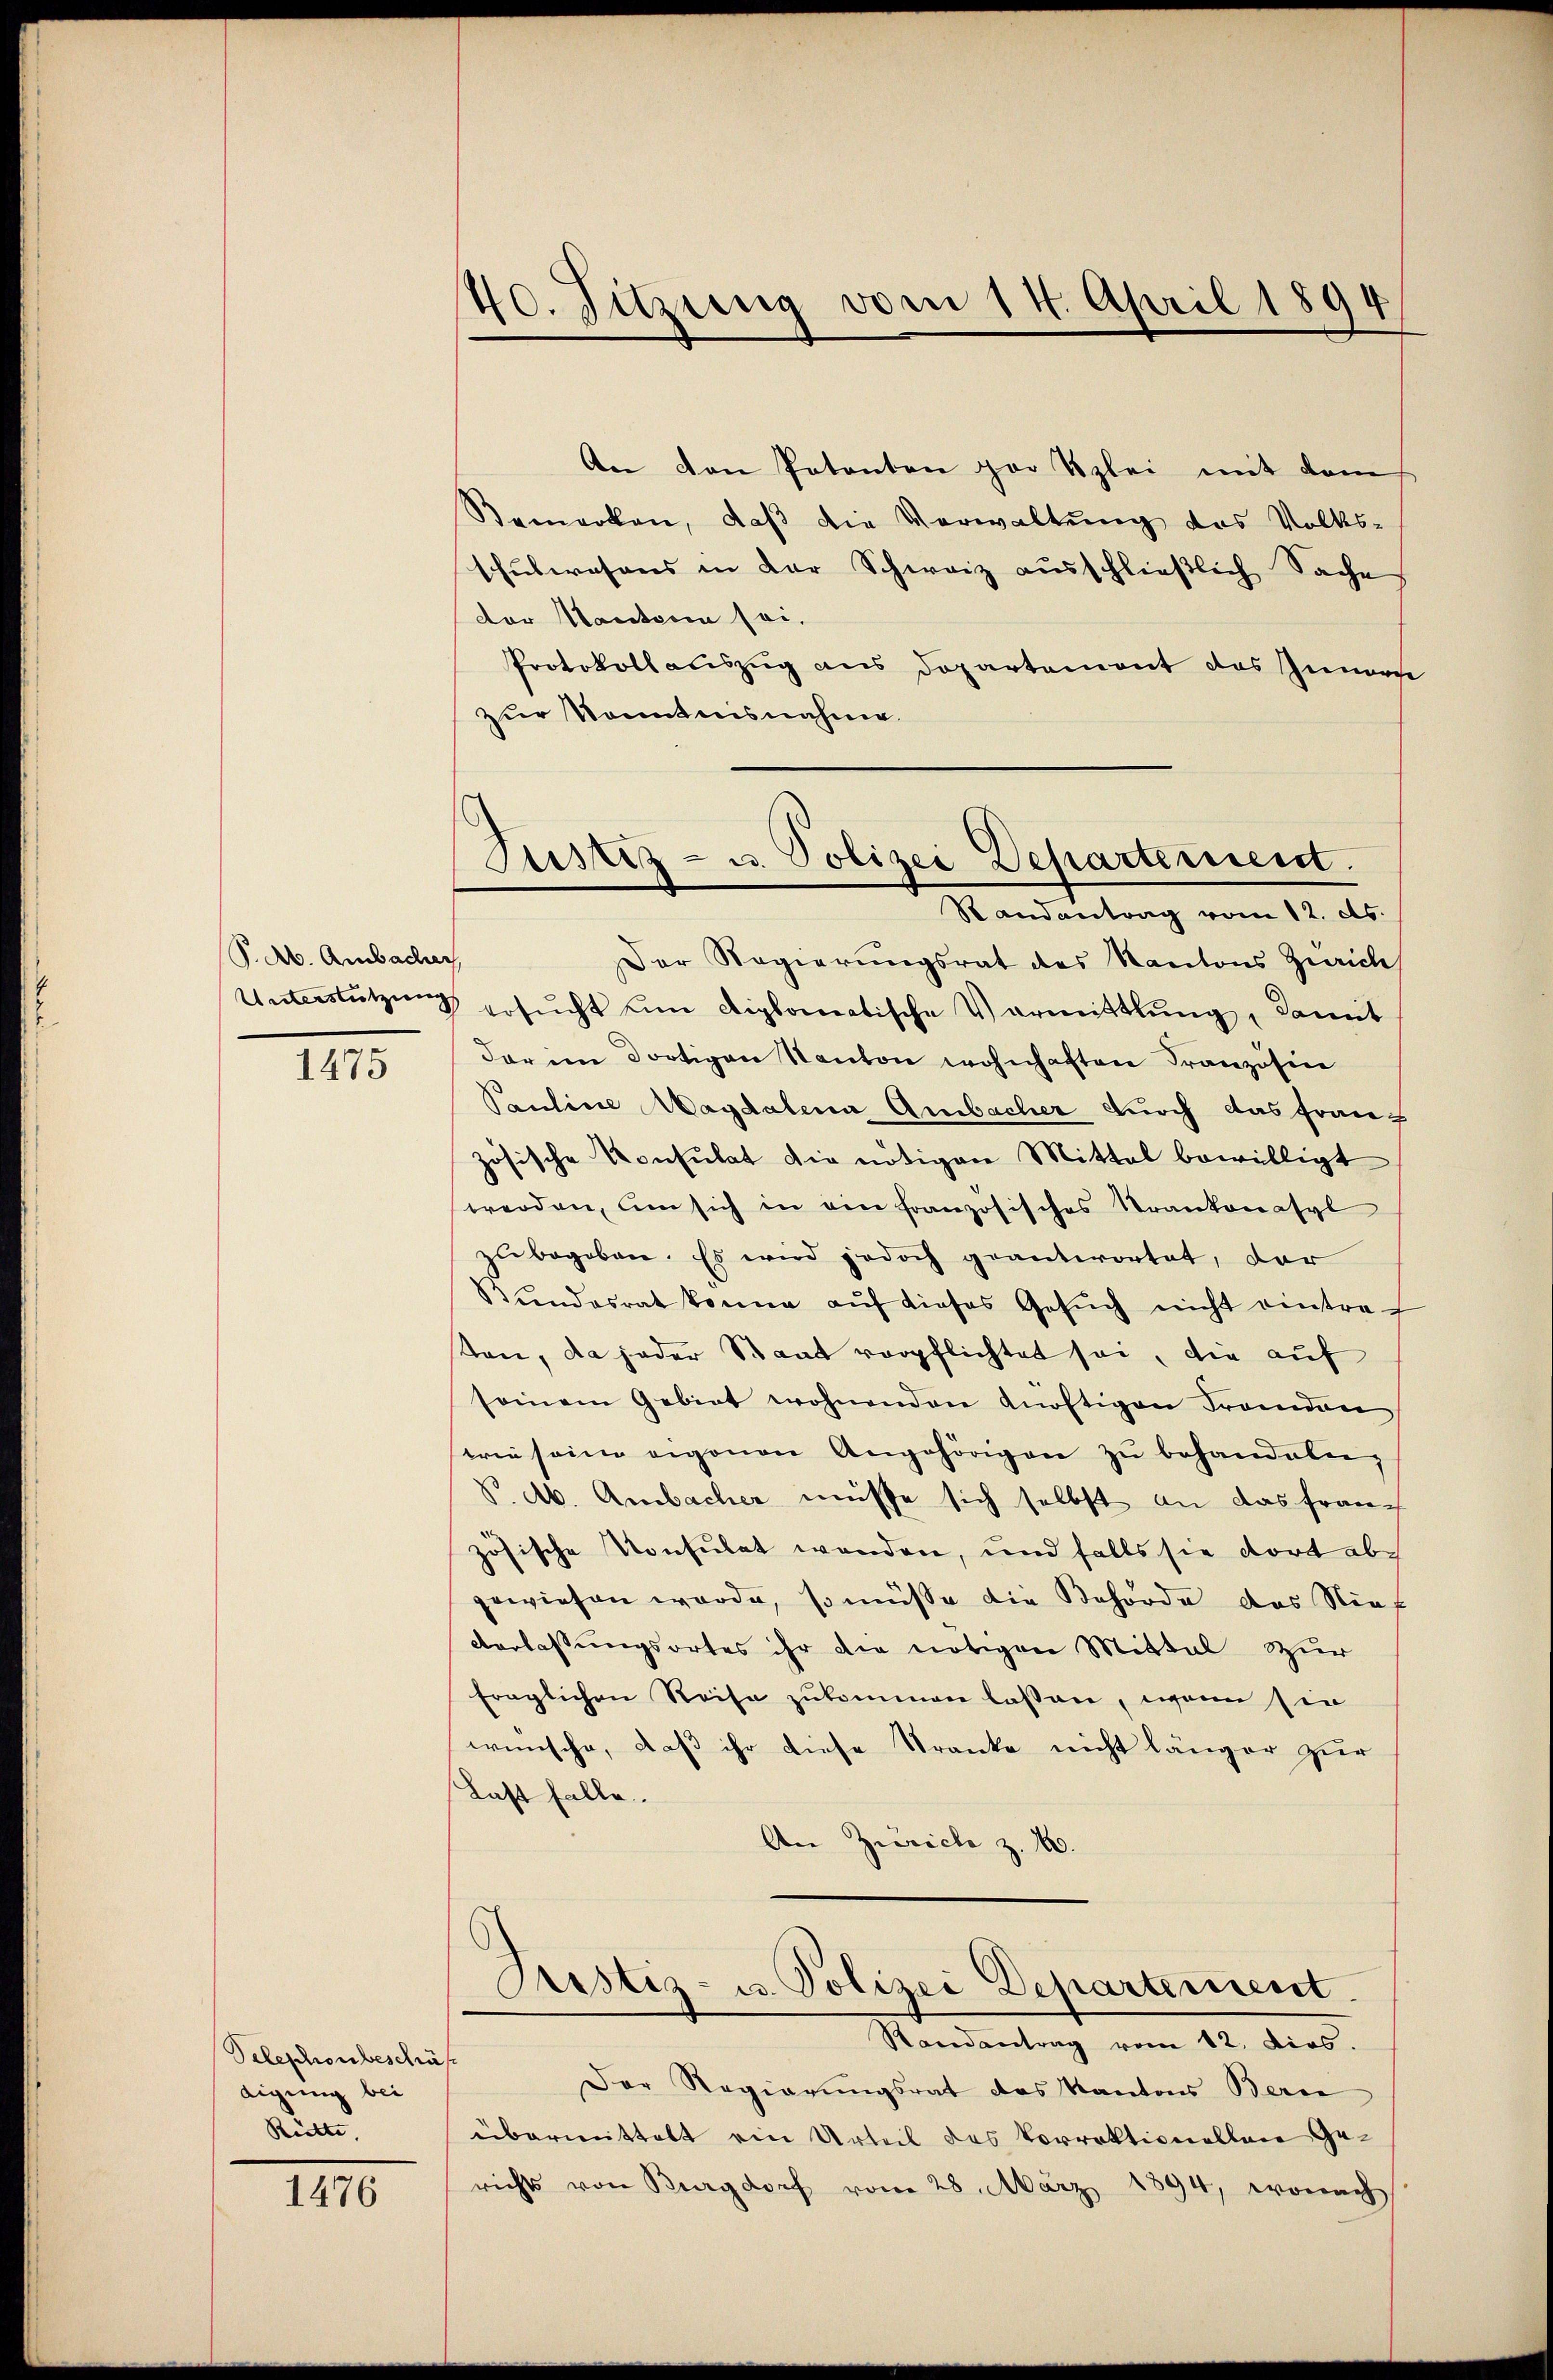
S. A. Ambacher

1475

Peleschronbeschräfdigung bei
Rütte

1476

40. Sitzung vom 14. April 1890
¬

An den Patenten par tzlei mit dem
Bemerken, daβ die Verwaltŭng das Volks-
schulwesens in der Schweiz ausschließlich Sache
dor Mantern sei.
Protokollauszug aus Departement das Innerse
zur Kenntnisnahme
Der Regierungsrat des Kantons Zürich
Unterstützung ersucht um diplomatische Vormittlung, damit
dar im dortigen Kanton wohnhaften Französin
Pauline Magdalena Ambacher durch das Franz
zösische Konsulat die nötigen Mittel bewilligt
werden, um sich in ein französisches Trankenasyl
zŭbegeben. Es wird jedoch geantwortet, der
Stŭndesrat könne aŭf dieses Gesŭch nicht eintraf
ston, da jeder Staat verpflichtet sei, die auf
seinem Gebiet wohnenden Anoftigen Franden
wie seine eigenen Angehörigen zu behandeln,
V. A. Ambacher müsse sich selbst an das fran-
zösische Konsulat wenden, und falls sie dort abgewiesen wurde, so müsse die Behörde das Nief
Verlassungsortes ihr die nötigen Mittal zur
fraglichen Reise zukommen lassen, wenn sie
wünsche, daß ihr diese Tranke nicht länger zur
Last falle.
An Zürich z. 10.
Justiz- u. Polizei Departement.
Randantrag vom 12. dies.
Der Regierungsrat des Kantons Berne
übermittelt ein Urteil des Vorrektionellene Gerichts von Burgdorf vom 28. März 1894, wonach

Justiz- u. Polizei Departement.
Randantrag vom 12. ds.